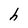
Character: h